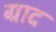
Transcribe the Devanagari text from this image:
ग्राद